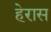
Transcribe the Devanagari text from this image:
हेरास